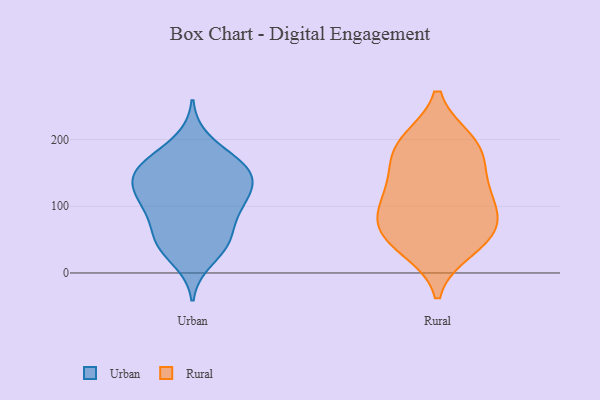
{"axis": {"x": "Conversion Rate (%)", "y": "Value"}, "legend": ["Rural", "Urban"], "data": [{"x": "", "y": 159, "type": "Urban"}, {"x": "", "y": 137, "type": "Urban"}, {"x": "", "y": 96, "type": "Urban"}, {"x": "", "y": 118, "type": "Urban"}, {"x": "", "y": 53, "type": "Urban"}, {"x": "", "y": 42, "type": "Urban"}, {"x": "", "y": 199, "type": "Urban"}, {"x": "", "y": 47, "type": "Urban"}, {"x": "", "y": 111, "type": "Urban"}, {"x": "", "y": 158, "type": "Urban"}, {"x": "", "y": 96, "type": "Urban"}, {"x": "", "y": 128, "type": "Urban"}, {"x": "", "y": 156, "type": "Urban"}, {"x": "", "y": 48, "type": "Urban"}, {"x": "", "y": 165, "type": "Urban"}, {"x": "", "y": 19, "type": "Urban"}, {"x": "", "y": 87, "type": "Urban"}, {"x": "", "y": 163, "type": "Urban"}, {"x": "", "y": 133, "type": "Urban"}, {"x": "", "y": 38, "type": "Rural"}, {"x": "", "y": 119, "type": "Rural"}, {"x": "", "y": 184, "type": "Rural"}, {"x": "", "y": 59, "type": "Rural"}, {"x": "", "y": 151, "type": "Rural"}, {"x": "", "y": 60, "type": "Rural"}, {"x": "", "y": 191, "type": "Rural"}, {"x": "", "y": 63, "type": "Rural"}, {"x": "", "y": 196, "type": "Rural"}, {"x": "", "y": 97, "type": "Rural"}, {"x": "", "y": 110, "type": "Rural"}]}